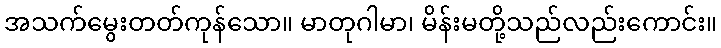
အသက်မွေးတတ်ကုန်သော။ မာတုဂါမာ၊ မိန်းမတို့သည်လည်းကောင်း။